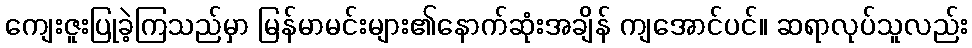
ကျေးဇူးပြုခဲ့ကြသည်မှာ မြန်မာမင်းများ၏နောက်ဆုံးအချိန် ကျအောင်ပင်။ ဆရာလုပ်သူလည်း